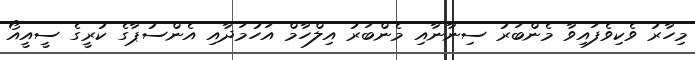
މިހާރު ވެކިވެފައިވާ މެންބަރު ސިނާނާއި މެންބަރު އިލްހާމް އަހުމަދާއި އެންސުޕާގެ ކުރީގެ ސީއީއޯ